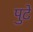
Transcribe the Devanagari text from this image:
पुटे